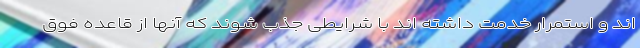
اند و استمرار خدمت داشته اند با شرایطی جذب شوند که آنها از قاعده فوق